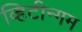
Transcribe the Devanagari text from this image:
व्हिटीन्गम